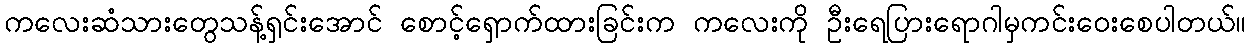
ကလေးဆံသားတွေသန့်ရှင်းအောင် စောင့်ရှောက်ထားခြင်းက ကလေးကို ဦးရေပြားရောဂါမှကင်းဝေးစေပါတယ်။